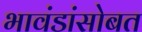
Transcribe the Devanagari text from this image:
भावंडांसोबत